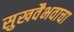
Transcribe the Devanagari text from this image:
सुखवैभवाचा